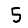
Digit: 5